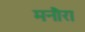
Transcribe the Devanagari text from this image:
मनौरा